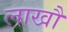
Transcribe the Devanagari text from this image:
लाखौ